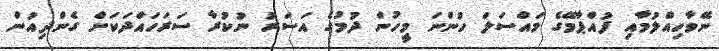
ނޭވާހިއްލުމާއި ފުއްޕާމޭގެ މައްސަލަ ހުންނަ މީހުން ދުމުގެ އަސަރު ނުކުރާ ސަރަހައްދަކަށް ގެންދިއުން